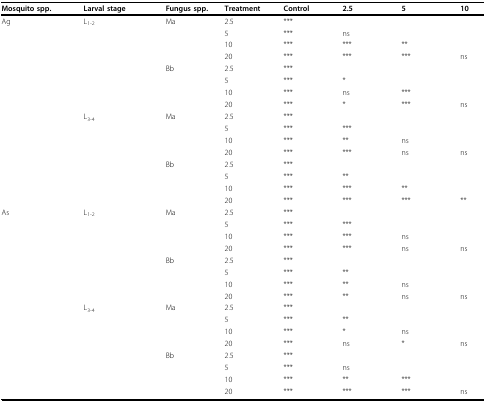
<table><thead><tr><td><b>Mosquito spp.</b></td><td><b>Larval stage</b></td><td><b>Fungus spp.</b></td><td><b>Treatment</b></td><td><b>Control</b></td><td><b>2.5</b></td><td><b>5</b></td><td><b>10</b></td></tr></thead><tbody><tr><td>Ag</td><td>L<sub>1-2</sub></td><td>Ma</td><td>2.5</td><td>***</td><td></td><td></td><td></td></tr><tr><td></td><td></td><td></td><td>5</td><td>***</td><td>ns</td><td></td><td></td></tr><tr><td></td><td></td><td></td><td>10</td><td>***</td><td>***</td><td>**</td><td></td></tr><tr><td></td><td></td><td></td><td>20</td><td>***</td><td>***</td><td>***</td><td>ns</td></tr><tr><td></td><td></td><td>Bb</td><td>2.5</td><td>***</td><td></td><td></td><td></td></tr><tr><td></td><td></td><td></td><td>5</td><td>***</td><td>*</td><td></td><td></td></tr><tr><td></td><td></td><td></td><td>10</td><td>***</td><td>ns</td><td>***</td><td></td></tr><tr><td></td><td></td><td></td><td>20</td><td>***</td><td>*</td><td>***</td><td>ns</td></tr><tr><td></td><td>L<sub>3-4</sub></td><td>Ma</td><td>2.5</td><td>***</td><td></td><td></td><td></td></tr><tr><td></td><td></td><td></td><td>5</td><td>***</td><td>***</td><td></td><td></td></tr><tr><td></td><td></td><td></td><td>10</td><td>***</td><td>**</td><td>ns</td><td></td></tr><tr><td></td><td></td><td></td><td>20</td><td>***</td><td>***</td><td>ns</td><td>ns</td></tr><tr><td></td><td></td><td>Bb</td><td>2.5</td><td>***</td><td></td><td></td><td></td></tr><tr><td></td><td></td><td></td><td>5</td><td>***</td><td>**</td><td></td><td></td></tr><tr><td></td><td></td><td></td><td>10</td><td>***</td><td>***</td><td>**</td><td></td></tr><tr><td></td><td></td><td></td><td>20</td><td>***</td><td>***</td><td>***</td><td>**</td></tr><tr><td>As</td><td>L<sub>1-2</sub></td><td>Ma</td><td>2.5</td><td>***</td><td></td><td></td><td></td></tr><tr><td></td><td></td><td></td><td>5</td><td>***</td><td>***</td><td></td><td></td></tr><tr><td></td><td></td><td></td><td>10</td><td>***</td><td>***</td><td>ns</td><td></td></tr><tr><td></td><td></td><td></td><td>20</td><td>***</td><td>***</td><td>ns</td><td>ns</td></tr><tr><td></td><td></td><td>Bb</td><td>2.5</td><td>***</td><td></td><td></td><td></td></tr><tr><td></td><td></td><td></td><td>5</td><td>***</td><td>**</td><td></td><td></td></tr><tr><td></td><td></td><td></td><td>10</td><td>***</td><td>**</td><td>ns</td><td></td></tr><tr><td></td><td></td><td></td><td>20</td><td>***</td><td>**</td><td>ns</td><td>ns</td></tr><tr><td></td><td>L<sub>3-4</sub></td><td>Ma</td><td>2.5</td><td>***</td><td></td><td></td><td></td></tr><tr><td></td><td></td><td></td><td>5</td><td>***</td><td>**</td><td></td><td></td></tr><tr><td></td><td></td><td></td><td>10</td><td>***</td><td>*</td><td>ns</td><td></td></tr><tr><td></td><td></td><td></td><td>20</td><td>***</td><td>ns</td><td>*</td><td>ns</td></tr><tr><td></td><td></td><td>Bb</td><td>2.5</td><td>***</td><td></td><td></td><td></td></tr><tr><td></td><td></td><td></td><td>5</td><td>***</td><td>ns</td><td></td><td></td></tr><tr><td></td><td></td><td></td><td>10</td><td>***</td><td>**</td><td>***</td><td></td></tr><tr><td></td><td></td><td></td><td>20</td><td>***</td><td>***</td><td>***</td><td>ns</td></tr></tbody></table>